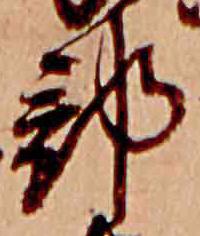
部